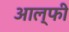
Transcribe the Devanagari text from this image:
आल्फी